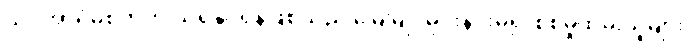
သိပ်အာရုံမစိုက်ဟု သိရှိနိုင်ရန်ဖြစ်သည် မြေမြုပ်မိုင်းနင်းမိ၍ စစ်မှုထမ်းသူများ